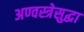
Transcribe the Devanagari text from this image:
अण्वस्त्रेसुद्धा